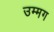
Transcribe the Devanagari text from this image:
उम्मग